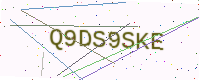
Text: Q9DS9SKE